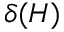
\delta ( H )